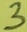
Text: 3